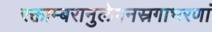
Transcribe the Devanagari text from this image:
रक्ताम्बरानुलेपनस्रगाभरणां